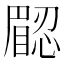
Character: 𥊟